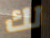
لك